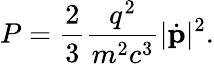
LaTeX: P={\frac{2}{3}}{\frac{q^{2}}{m^{2}c^{3}}}|{\dot{\mathbf{p}}}|^{2}.